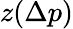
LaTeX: z(\Delta p)